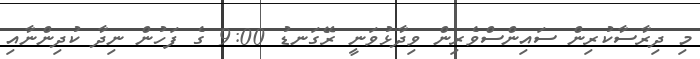
މި ދިރާސާކުރިން ސައިންސްވެރިން ވިދާޅުވަނީ ރޭގަނޑު 9:00 ގެ ފަހުން ނިދާ ކުދިންނާއި